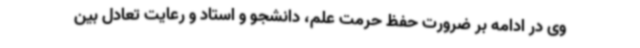
وی در ادامه بر ضرورت حفظ حرمت علم، دانشجو و استاد و رعایت تعادل بین